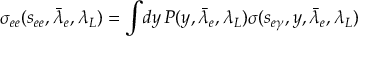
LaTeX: \sigma _ { e e } ( s _ { e e } , \bar { \lambda } _ { e } , \lambda _ { L } ) = \int \! d y \, P ( y , \bar { \lambda } _ { e } , \lambda _ { L } ) \sigma ( s _ { e \gamma } , y , \bar { \lambda } _ { e } , \lambda _ { L } )